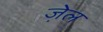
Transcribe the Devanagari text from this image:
जे़ल